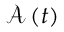
{ \displaystyle \mathcal { A } \left( t \right) }